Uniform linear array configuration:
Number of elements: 12
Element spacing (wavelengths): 0.5
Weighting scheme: cosine
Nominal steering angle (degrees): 15
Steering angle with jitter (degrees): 14.179
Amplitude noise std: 0.05
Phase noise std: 0.05

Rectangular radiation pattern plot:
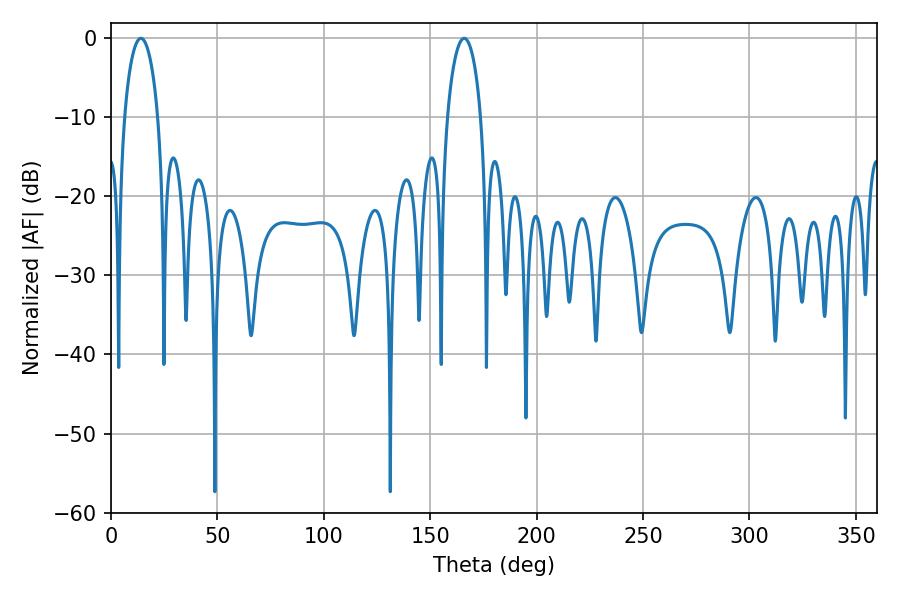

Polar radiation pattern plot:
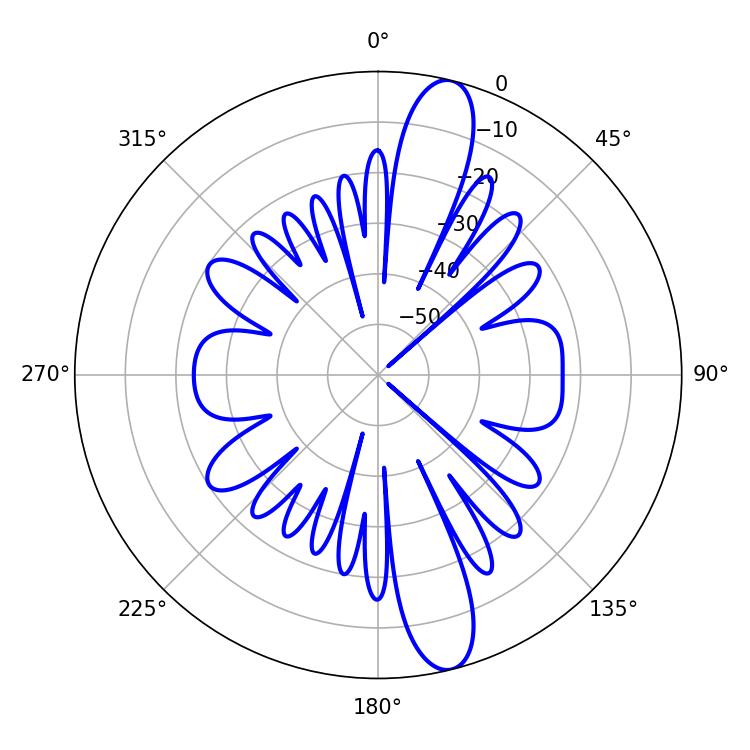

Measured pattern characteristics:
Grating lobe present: FALSE
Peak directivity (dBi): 13.838
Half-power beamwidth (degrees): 9
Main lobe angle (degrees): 14.04